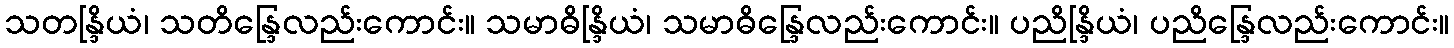
သတန္ဒြိယံ၊ သတိန္ဒြေလည်းကောင်း။ သမာဓိန္ဒြိယံ၊ သမာဓိန္ဒြေလည်းကောင်း။ ပညိန္ဒြိယံ၊ ပညိန္ဒြေလည်းကောင်း။